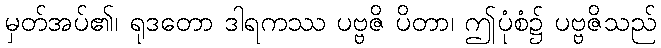
မှတ်အပ်၏၊ ရုဒတော ဒါရကဿ ပဗ္ဗဇိ ပိတာ၊ ဤပုံစံ၌ ပဗ္ဗဇိသည်